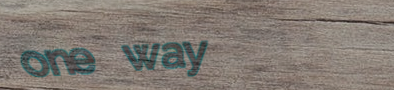
one way